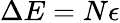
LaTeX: \Delta E=N\epsilon